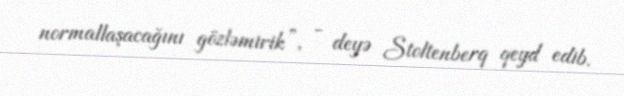
normallaşacağını gözləmirik”, - deyə Stoltenberq qeyd edib.